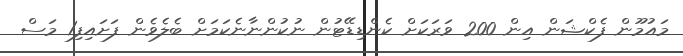
މައުމޫން ފެކްޝަން އިން 200 ވަރަކަށް ކެންޑިޑޭޓުން ނުކުންނާނެކަމަށް ބެލެވެން ފަށައިފި1 މަސް